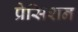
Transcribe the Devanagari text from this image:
प्रेसिशन